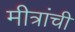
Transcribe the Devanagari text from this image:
मीत्रांची